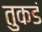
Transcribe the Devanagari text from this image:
तुकडं